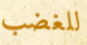
للغضب